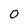
Character: 0